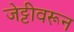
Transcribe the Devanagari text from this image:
जेट्टीवरून